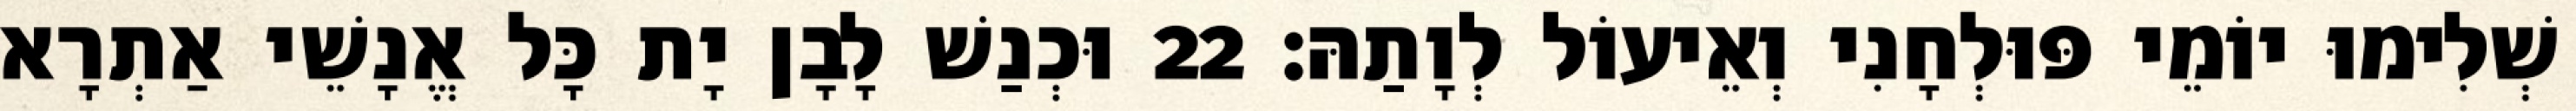
שְׁלִימוּ יוֹמֵי פּוּלְחָנִי וְאֵיעוֹל לְוָתַהּ׃ 22 וּכְנַשׁ לָבָן יָת כָּל אֱנָשֵׁי אַתְרָא